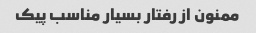
ممنون از رفتار بسیار مناسب پیک